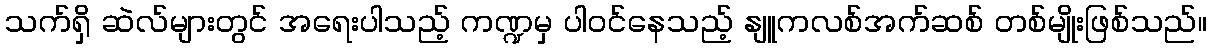
သက်ရှိ ဆဲလ်များတွင် အရေးပါသည့် ကဏ္ဍမှ ပါဝင်နေသည့် နျူကလစ်အက်ဆစ် တစ်မျိုးဖြစ်သည်။